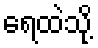
ရေထဲသို့